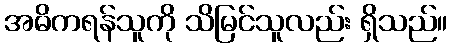
အဓိကရန်သူကို သိမြင်သူလည်း ရှိသည်။